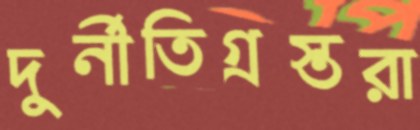
দুর্নীতিগ্রস্তরা